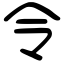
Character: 令